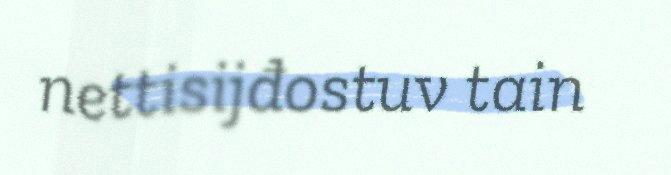
nettisijđostuv tain